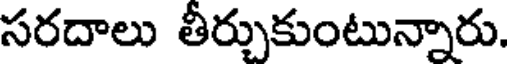
సరదాలు తీర్చుకుంటున్నారు.